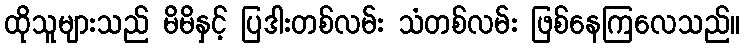
ထိုသူများသည် မိမိနှင့် ပြဒါးတစ်လမ်း သံတစ်လမ်း ဖြစ်နေကြလေသည်။